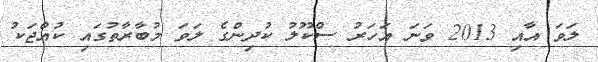
ލަވަ އާއި 2013 ވަނަ އަހަރު ސްކޫލު ކުދިންގެ ލަވަ މުބާރާތުގައި ކުއްޖަކު